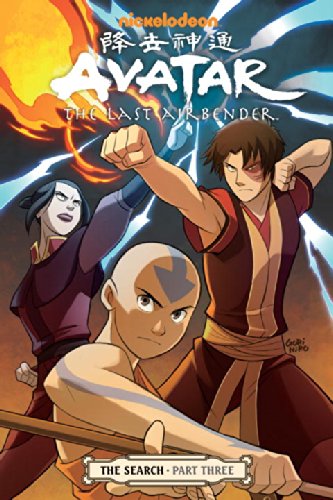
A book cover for Avatar: The Last Airbender: The Search, Part 3; Gene Luen Yang; Comics & Graphic Novels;